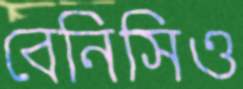
বেনিসিও